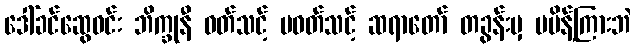
ဒေါ်ခင်ဆွေဝင်း ဘိက္ခုနီ ဝတ်သင့် မဝတ်သင့် ဆရာတော် တခွန်းမှ မမိန့်ကြားဘဲ